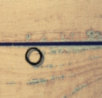
0